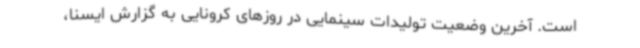
است. آخرین وضعیت تولیدات سینمایی در روزهای کرونایی به گزارش ایسنا،